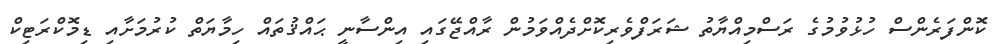
ކޮންފަރެންސް ހުޅުވުމުގެ ރަސްމިއްޔާތު ޝަރަފްވެރިކޮށްދެއްވަމުން ރާއްޖޭގައި އިންސާނީ ޙައްޤުތައް ހިމާޔަތް ކުރުމަށާއި ޑިމޮކްރަޓިކް